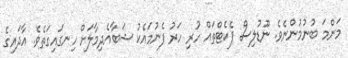
މަންމަ ބުނުމުންނެވެ. ނޫޑުލިސް ޕެކެޓްތައް ހުރި ހަރު ފެނުމައެކު ޝަބާއެދިމާލަށް ހިނގައިގަތެވެ. އާދައިގެ